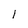
Character: 1